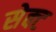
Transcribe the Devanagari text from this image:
सेक्‍ट